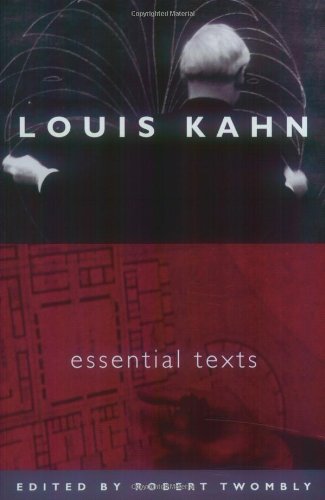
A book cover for Louis Kahn: Essential Texts; Louis I. Kahn; Arts & Photography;